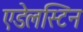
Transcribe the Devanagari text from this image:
एडेलस्टिन